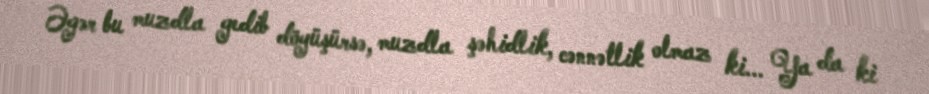
Əgər bu muzdla gedib döyüşürsə, muzdla şəhidlik, cənnətlik olmaz ki... Ya da ki